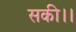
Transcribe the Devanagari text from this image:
सकी।।